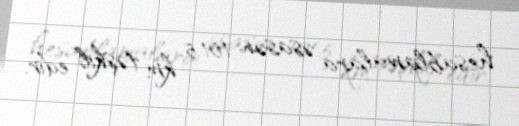
hesablamalara əsasən 101.5 km təşkil edir.